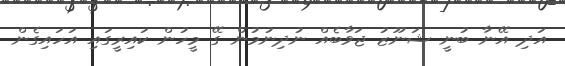
އަދި އޭނާ ބުނީ ޝަނޫޒު ޖަވާބެއް ނުދިނުމުން ގޭ މީހުން ކައިރީގައި އަހައިގެން